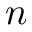
n